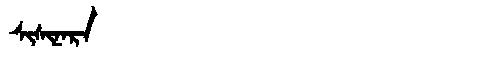
Manchu: ᠰᡳᠰᡳᠨᠠᡵᠠ
Romanization: SISINARA